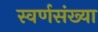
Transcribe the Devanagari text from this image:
स्वर्णसंख्या